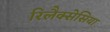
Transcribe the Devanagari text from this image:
रिलैक्सेसिया